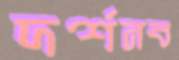
দর্শনব